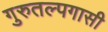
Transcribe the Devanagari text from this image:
गुरुतल्पगासी